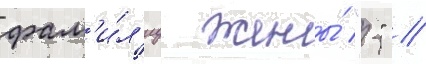
фам'и́л'иу жены́ "-" //